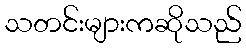
သတင်းများကဆိုသည်